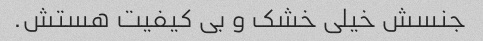
جنسش خیلی خشک و بی کیفیت هستش.